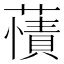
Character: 𧀘